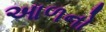
આળનો